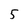
Character: 5